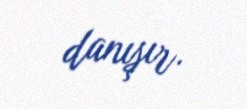
danışır.